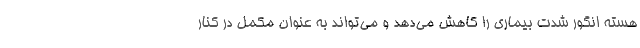
هسته انگور شدت بیماری را کاهش می‌دهد و می‌تواند به عنوان مکمل در کنار